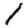
Digit: 1